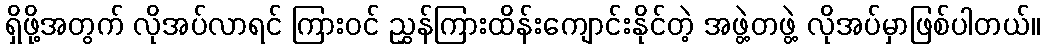
ရှိဖို့အတွက် လိုအပ်လာရင် ကြားဝင် ညွှန်ကြားထိန်းကျောင်းနိုင်တဲ့ အဖွဲ့တဖွဲ့ လိုအပ်မှာဖြစ်ပါတယ်။